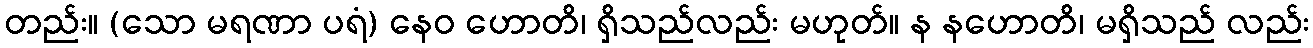
တည်း။ (သော မရဏာ ပရံ) နေဝ ဟောတိ၊ ရှိသည်လည်း မဟုတ်။ န နဟောတိ၊ မရှိသည် လည်း